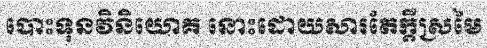
បោះទុនវិនិយោគ នោះដោយសារតែក្តីស្រមៃ